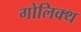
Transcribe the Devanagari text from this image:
गोलिक्थ